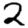
Digit: 2